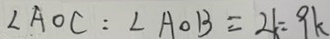
\angle A O C : \angle A O B = 2 k = 9 k